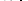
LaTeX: \smash{\vec{a}_{1}^{*}}